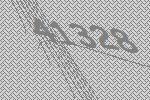
41328